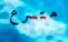
متسرع